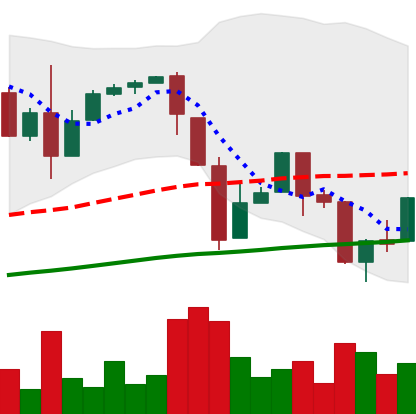
Ticker: BTC-USD
Chart end date: 2017-03-27
Forward return: 3.321%
Label: up_3_5